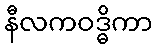
နီလကဝဒ္ဓိကာ